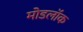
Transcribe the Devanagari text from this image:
मोडलॉक